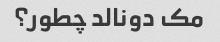
مک دونالد چطور؟